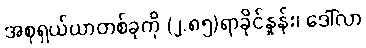
အစုရှယ်ယာတစ်ခုကို (၂.၈၅)ရာခိုင်နှုန်း၊ ဒေါ်လာ